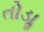
તોડાૢ